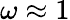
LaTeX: \omega\approx 1